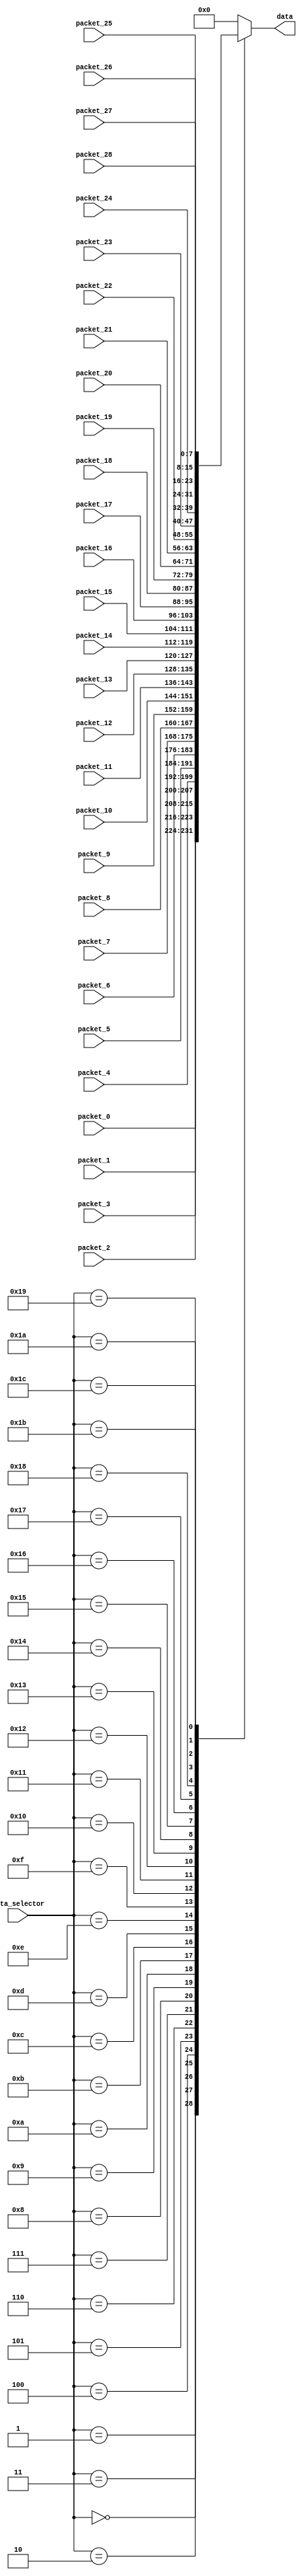
module mock_output (
  input [7:0] packet_0,
  input [7:0] packet_1,
  input [7:0] packet_2,
  input [7:0] packet_3,
  input [7:0] packet_4,
  input [7:0] packet_5,
  input [7:0] packet_6,
  input [7:0] packet_7,
  input [7:0] packet_8,
  input [7:0] packet_9,
  input [7:0] packet_10,
  input [7:0] packet_11,
  input [7:0] packet_12,
  input [7:0] packet_13,
  input [7:0] packet_14,
  input [7:0] packet_15,
  input [7:0] packet_16,
  input [7:0] packet_17,
  input [7:0] packet_18,
  input [7:0] packet_19,
  input [7:0] packet_20,
  input [7:0] packet_21,
  input [7:0] packet_22,
  input [7:0] packet_23,
  input [7:0] packet_24,
  input [7:0] packet_25,
  input [7:0] packet_26,
  input [7:0] packet_27,
  input [7:0] packet_28,

  input [5:0] data_selector,
  output [7:0] data
);

reg [7:0] data_buf;

assign data = data_buf;

always @(*)
begin
  case (data_selector)
    6'd00:   data_buf = packet_0;
    6'd01:   data_buf = packet_1;
    6'd02:   data_buf = packet_2;
    6'd03:   data_buf = packet_3;
    6'd04:   data_buf = packet_4;
    6'd05:   data_buf = packet_5;
    6'd06:   data_buf = packet_6;
    6'd07:   data_buf = packet_7;
    6'd08:   data_buf = packet_8;
    6'd09:   data_buf = packet_9;
    6'd10:   data_buf = packet_10;
    6'd11:   data_buf = packet_11;
    6'd12:   data_buf = packet_12;
    6'd13:   data_buf = packet_13;
    6'd14:   data_buf = packet_14;
    6'd15:   data_buf = packet_15;
    6'd16:   data_buf = packet_16;
    6'd17:   data_buf = packet_17;
    6'd18:   data_buf = packet_18;
    6'd19:   data_buf = packet_19;
    6'd20:   data_buf = packet_20;
    6'd21:   data_buf = packet_21;
    6'd22:   data_buf = packet_22;
    6'd23:   data_buf = packet_23;
    6'd24:   data_buf = packet_24;
    6'd25:   data_buf = packet_25;
    6'd26:   data_buf = packet_26;
    6'd27:   data_buf = packet_27;
    6'd28:   data_buf = packet_28;
    default: data_buf = 8'h00;
  endcase
end

endmodule